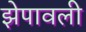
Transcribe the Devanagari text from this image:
झेपावली